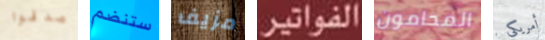
صدقوا ستنضم مزيف الفواتير المحامون أمريكى